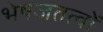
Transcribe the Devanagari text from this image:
भेषजतत्वों